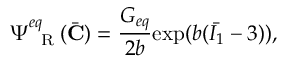
\Psi _ { \mathrm { ~ \tiny ~ R ~ } } ^ { e q } ( \bar { \mathbf { C } } ) = \frac { G _ { e q } } { 2 b } \mathrm { e x p } ( b ( \bar { I _ { 1 } } - 3 ) ) ,